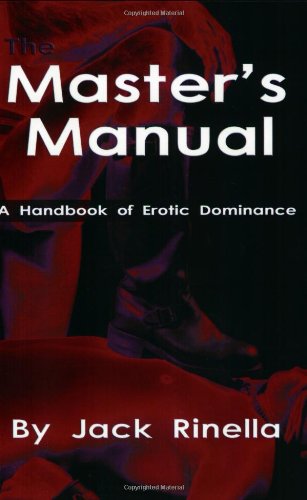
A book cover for The Master's Manual: A Handbook of Erotic Dominance; Jack Rinella; Gay & Lesbian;